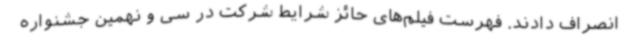
انصراف دادند. فهرست فیلم‌های حائز شرایط شرکت در سی و نهمین جشنواره